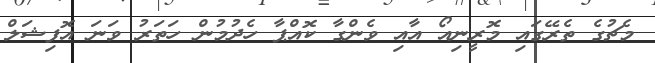
މެޗުގެ ތެރޭގައި މޮރީނިއޯ އާއި ވެންގާ ކޮއްޕާ ހެދުމުން ހަތަރު ވަނަ އޮފިޝަލް